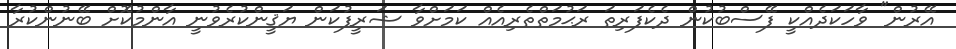
އޭރުން" ވާހަކަދެއްކީ ފޭސްބުކުން ދެކެފަރިތަ ރަޙުމަތްތެރިއެއް ކަމަށްވާ ޝަރީފުކަން ޔަޤީންކުރެވުނީ އާންމުކޮށް ބޭނުންކުރާ